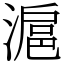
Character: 滬